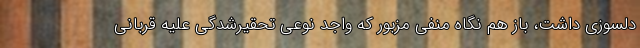
دلسوزي داشت، باز هم نگاه منفي مزبور كه واجد نوعي تحقيرشدگي علیه قربانی